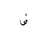
Letter: _fa